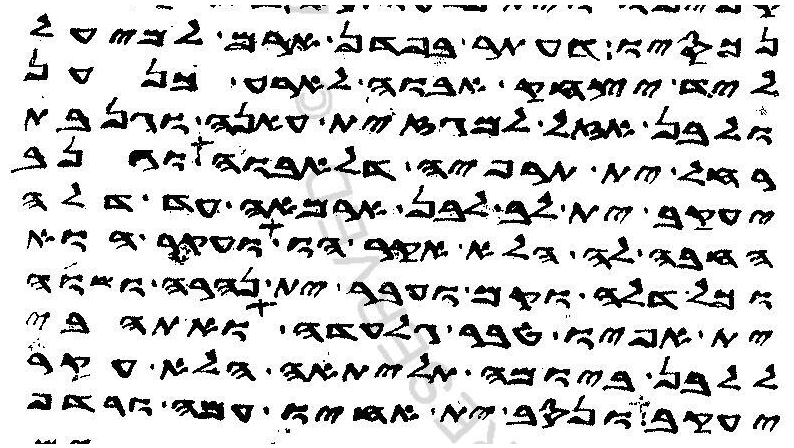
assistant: נכסיו דעתר בפדן ארם למיעל
ליד יצחק אבוה לארע כנען
ולבן אזל למגז ית עאנה וגנבת
רחל ית תרפיה דלאבוה וגנב
יעקב ית לב לבן ארמאה עד דלה
החבה לה הלא אקר הו ועקר הוא
וכל דלה וקם ועבר ית נהרה ושוה
ית אפיו טבר גלעדה ואתהבי
ללבן ביומה תליתאה הלא עקר
יעקב ונסב ית אחיו עמה ורדף